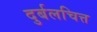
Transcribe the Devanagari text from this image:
दुर्बलचित्त